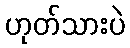
ဟုတ်သားပဲ